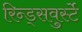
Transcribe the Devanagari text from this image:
रिन्ड्सवुर्स्टे